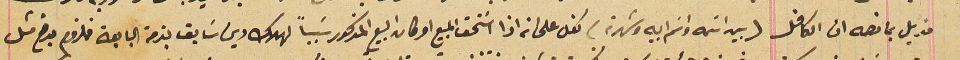
مذيل بما نصه ان الكافل (بين اسَمه واسَم ابيه وشهرته) كفل على انه اذا اسَتحق المبيع او كان البيع المذكور سَبباً لهلاك دين سَابق بذمة البايعة فملزوم بدفع مثل